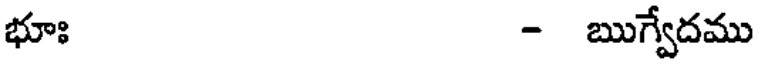
భూః - ఋగ్వేదము